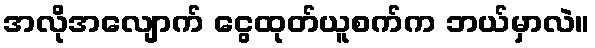
အလိုအလျောက် ငွေထုတ်ယူစက်က ဘယ်မှာလဲ။